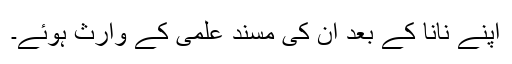
اپنے نانا کے بعد ان کی مسند علمی کے وارث ہوئے۔